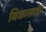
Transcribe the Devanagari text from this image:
बिकासक्षेत्र